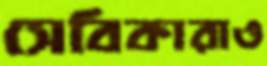
সেবিকারাও